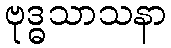
ဗုဒ္ဓသာသနာ